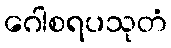
ဂေါစရပသုတံ